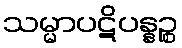
သမ္မာပဋိပန္နဉ္စ